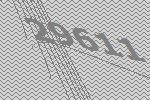
29611